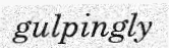
gulpingly